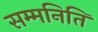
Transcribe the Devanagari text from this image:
सम्मनिति